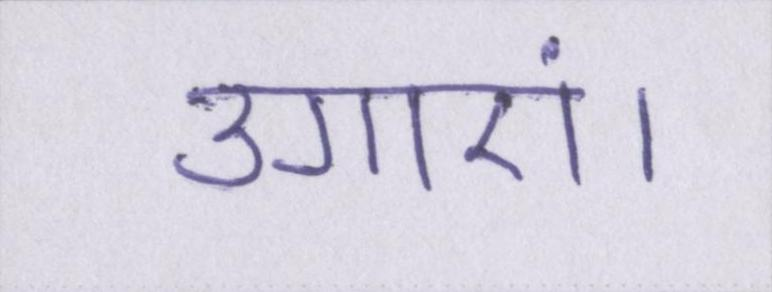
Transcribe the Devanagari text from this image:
उगाएं।